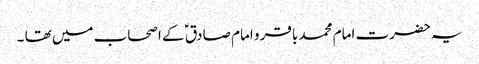
یہ حضرت امام محمد باقر و امام صادق ؑ کے اصحاب میں تھا ۔